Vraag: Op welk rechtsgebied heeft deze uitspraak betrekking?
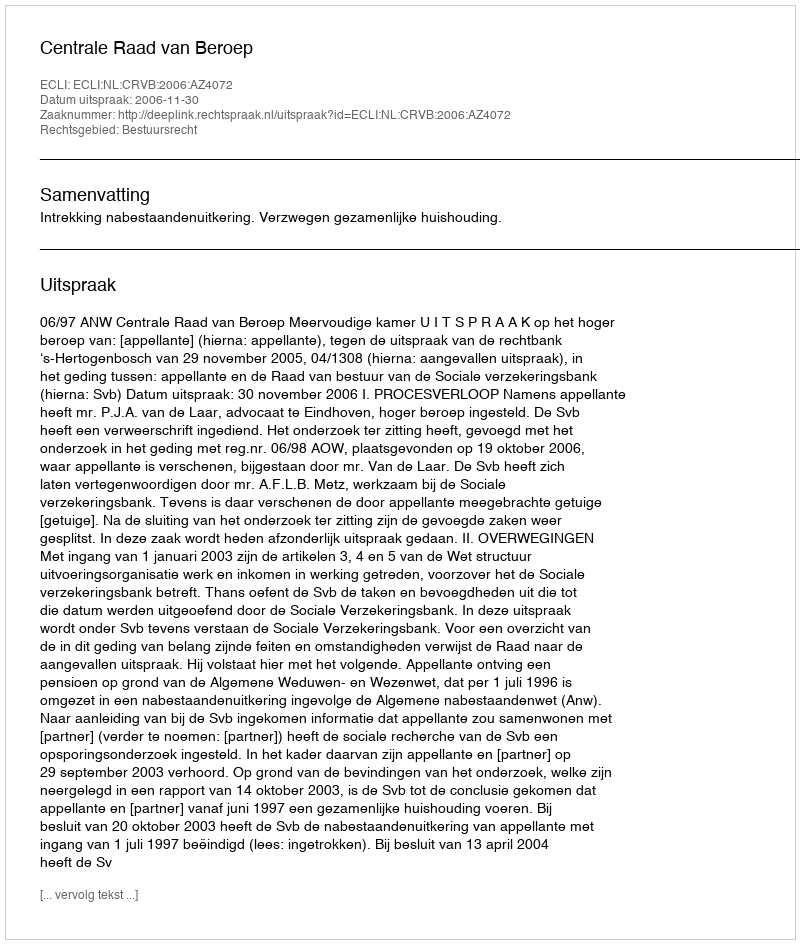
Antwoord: Bestuursrecht